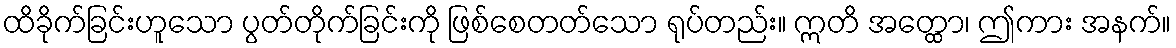
ထိခိုက်ခြင်းဟူသော ပွတ်တိုက်ခြင်းကို ဖြစ်စေတတ်သော ရုပ်တည်း။ ဣတိ အတ္ထော၊ ဤကား အနက်။